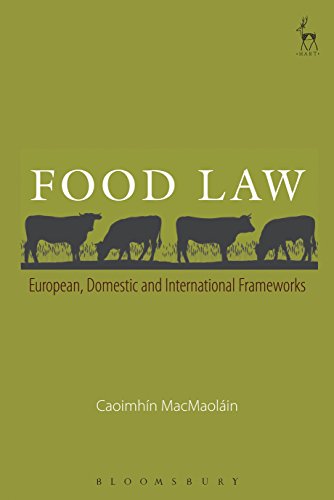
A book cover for Food Law: European, Domestic and International Frameworks; Caoimhin MacMaolain; Law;